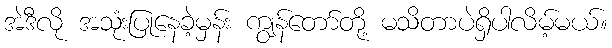
အဲဒီလို အသုံးပြုနေခဲ့မှန်း ကျွန်တော်တို့ မသိတာပဲရှိပါလိမ့်မယ်။